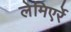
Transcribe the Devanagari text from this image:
लेमिएर्रे